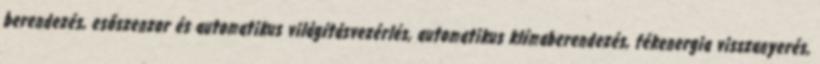
berendezés, esőszenzor és automatikus világításvezérlés, automatikus klímaberendezés, fékenergia visszanyerés,